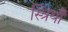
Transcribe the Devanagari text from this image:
स्त्रियाँं